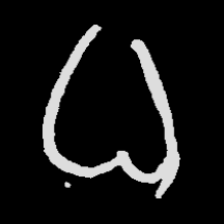
Pyu character \u2014 Myanmar letter: ဓ (romanized: dha)